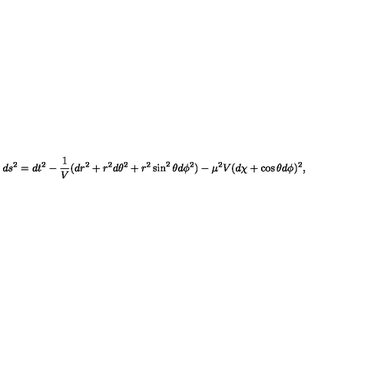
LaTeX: d s ^ { 2 } = d t ^ { 2 } - \frac { 1 } { V } ( d r ^ { 2 } + r ^ { 2 } d \theta ^ { 2 } + r ^ { 2 } \sin ^ { 2 } \theta d \phi ^ { 2 } ) - \mu ^ { 2 } V ( d \chi + \cos \theta d \phi ) ^ { 2 } ,